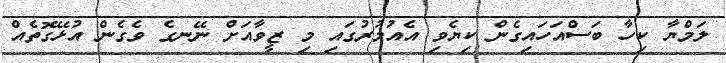
ލަމްޔާ ކިހާ ބަސްއަހައިގެން ކިޔެވި އެއުމުރުގައި މި ޒީވާއަށް ނޭނގެ ވެގެން އުޅޭގޮތެއް